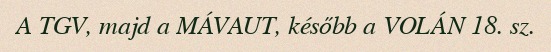
A TGV, majd a MÁVAUT, később a VOLÁN 18. sz.